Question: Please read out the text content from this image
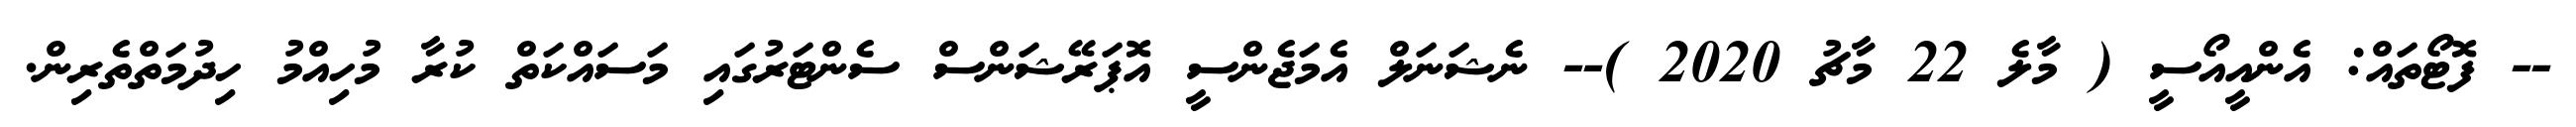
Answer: -- ފޮޓޯތައް: އެންއީއޯސީ ( މާލެ 22 މާޗު 2020 )-- ނެޝަނަލް އެމަޖެންސީ އޮޕަރޭޝަންސް ސެންޓަރުގައި މަސައްކަތް ކުރާ މުހިއްމު ހިދުމަތްތެރިން.